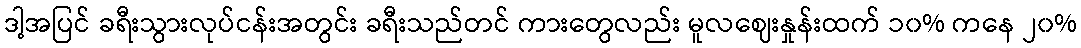
ဒါ့အပြင် ခရီးသွားလုပ်ငန်းအတွင်း ခရီးသည်တင် ကားတွေလည်း မူလဈေးနှုန်းထက် ၁၀% ကနေ ၂၀%